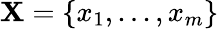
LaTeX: \mathbf{X}=\{ x_{1},...,x_{m}\}